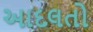
આદલતો